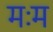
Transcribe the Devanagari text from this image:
मःम